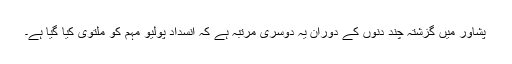
پشاور میں گزشتہ چند دنوں کے دوران یہ دوسری مرتبہ ہے کہ انسدادِ پولیو مہم کو ملتوی کیا گیا ہے۔